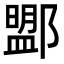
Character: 𨞚